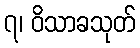
၇၊ ဝိသာခသုတ်